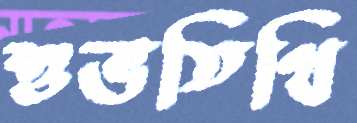
শুভতিথি